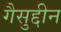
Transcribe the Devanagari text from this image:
गैसुद्दीन